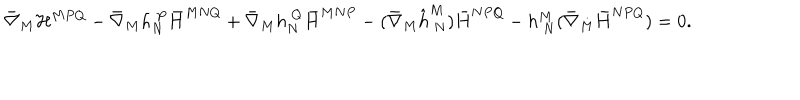
\bar { \nabla } _ { M } { \cal H } ^ { M P Q } - \bar { \nabla } _ { M } h _ { N } ^ { ~ P } \bar { H } ^ { M N Q } + \bar { \nabla } _ { M } h _ { N } ^ { ~ Q } \bar { H } ^ { M N P } - ( \bar { \nabla } _ { M } \hat { h } _ { ~ N } ^ { M } ) \bar { H } ^ { N P Q } - h _ { ~ N } ^ { M } ( \bar { \nabla } _ { M } \bar { H } ^ { N P Q } ) = 0 .